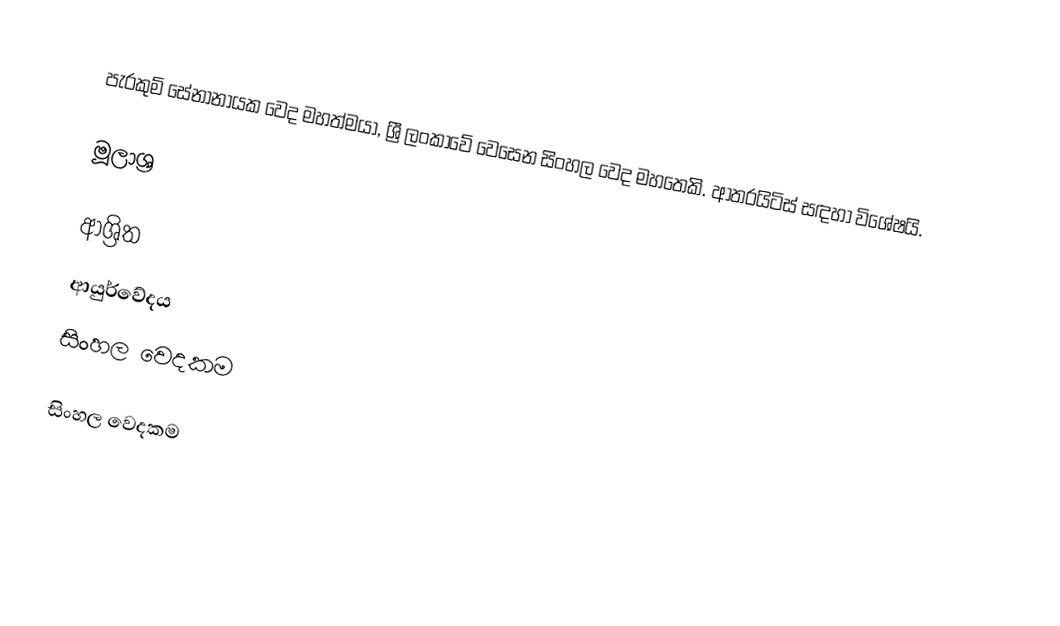
පැරකුම් සේනානායක වෙද මහත්මයා, ශ්‍රී ලංකාවේ වෙසෙන සිංහල වෙද මහතෙකි. ආතරයිටිස් සඳහා විශේෂයි.

මූලාශ්‍ර

ආශ්‍රිත
 ආයුර්වේදය
 සිංහල වෙදකම

සිංහල වෙදකම